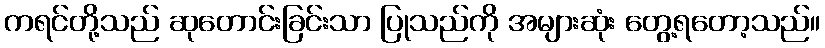
ကရင်တို့သည် ဆုတောင်းခြင်းသာ ပြုသည်ကို အများဆုံး တွေ့ရတော့သည်။